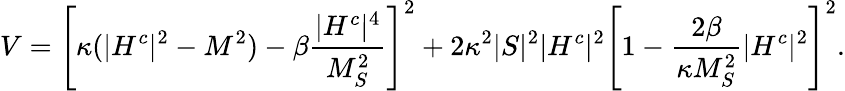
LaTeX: V=\left[\kappa(\vert H^{c}\vert^{2}-M^{2})-\beta\frac{\vert H^{c}\vert^{4}}{M_{S}^{2}}\right]^{2}+2\kappa^{2}\vert S\vert^{2}\vert H^{c}\vert^{2}\left[1-\frac{2\beta}{\kappa M_{S}^{2}}\vert H^{c}\vert^{2}\right]^{2}.